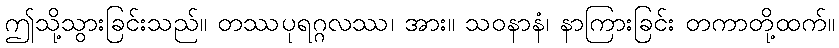
ဤသို့သွားခြင်းသည်။ တဿပုရဂ္ဂလဿ၊ အား။ သဝနာနံ၊ နာကြားခြင်း တကာတို့ထက်။